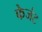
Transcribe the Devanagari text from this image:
फेजंट